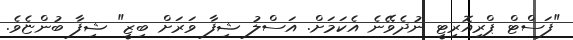
"ފަސްޓް ޕްރިއޮރިޓީ ނުދެވޭނެ އެކަމަށް. އަސްލު ޝިފާ ވަރަށް ބިޒީ" ޝިފާ ބުންޏެވެ.